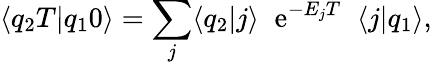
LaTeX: \langle q_{2}T|q_{1}0\rangle=\sum_{j}\langle q_{2}|j\rangle\; \; \mathrm{e}^{-E_{j}T}\; \; \langle j|q_{1}\rangle,